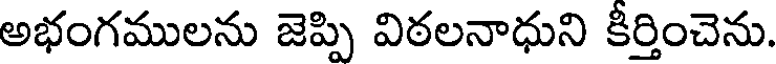
అభంగములను జెప్పి విఠలనాధుని కీర్తించెను.